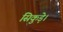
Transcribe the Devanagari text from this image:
सिकुड़े।